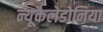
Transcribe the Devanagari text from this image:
न्यूकैलेडोनिया